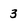
Character: 3